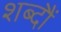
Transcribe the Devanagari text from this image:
शब्दौं